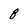
Character: 8